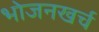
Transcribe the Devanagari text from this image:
भोजनखर्च